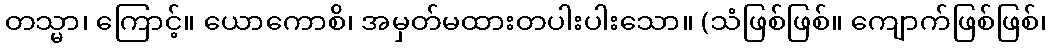
တသ္မာ၊ ကြောင့်။ ယောကောစိ၊ အမှတ်မထားတပါးပါးသော။ (သံဖြစ်ဖြစ်။ ကျောက်ဖြစ်ဖြစ်၊